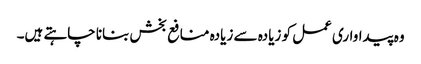
وہ پیداواری عمل کو زیادہ سے زیادہ منافع بخش بنانا چاہتے ہیں۔